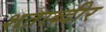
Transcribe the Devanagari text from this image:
शताब्दीर